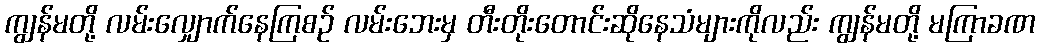
ကျွန်မတို့ လမ်းလျှောက်နေကြစဉ် လမ်းဘေးမှ တီးတိုးတောင်းဆိုနေသံများကိုလည်း ကျွန်မတို့ မကြာခဏ